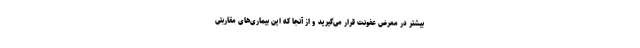
بیشتر در معرض عفونت قرار می‌گیرید و از آنجا که این بیماری‌های مقاربتی